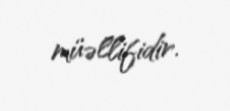
müəllifidir.